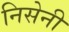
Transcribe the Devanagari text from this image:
निसेनी